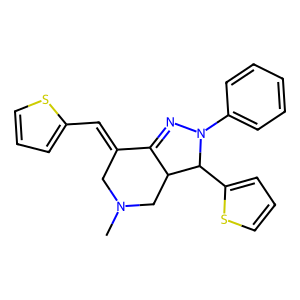
SMILES: CN1CC(=Cc2cccs2)C2=NN(c3ccccc3)C(c3cccs3)C2C1
Inhibits HIV replication: No